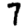
Digit: 7